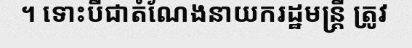
។ ទោះបីជាតំណែងនាយករដ្ឋមន្ត្រី ត្រូវ